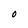
Character: O